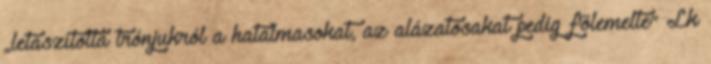
„letaszította trónjukról a hatalmasokat, az alázatosakat pedig fölemelte” Lk